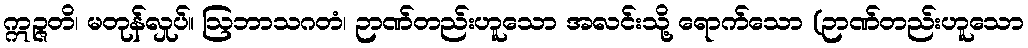
ဣဉ္ဇတိ၊ မတုန်လှုပ်။ ဩဘာသဂတံ၊ ဉာဏ်တည်းဟူသော အလင်းသို့ ရောက်သော (ဉာဏ်တည်းဟူသော